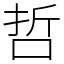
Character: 哲